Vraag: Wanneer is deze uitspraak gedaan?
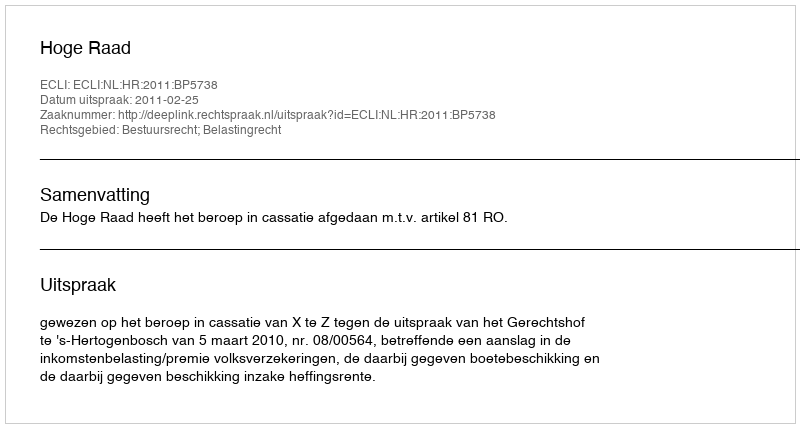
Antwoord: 2011-02-25